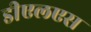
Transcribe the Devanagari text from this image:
डीएलएस